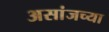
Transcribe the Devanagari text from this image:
असांजच्या